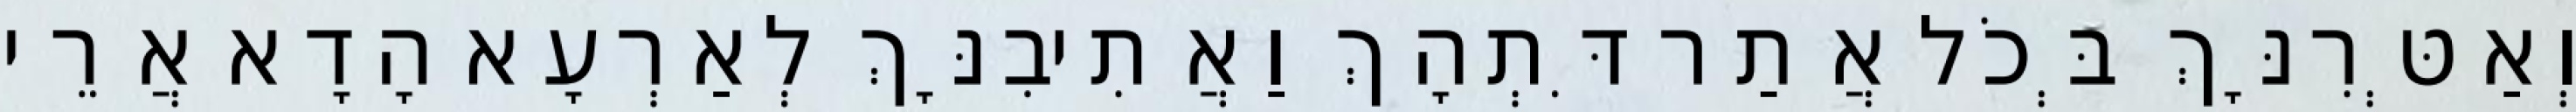
וְאַטְּרִנָּךְ בְּכֹל אֲתַר דִּתְהָךְ וַאֲתִיבִנָּךְ לְאַרְעָא הָדָא אֲרֵי